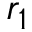
r _ { 1 }